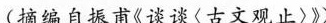
(摘编自振甫《谈谈(古文观止〉》)